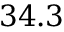
3 4 . 3